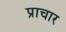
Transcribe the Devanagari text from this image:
प्राचार